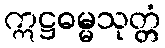
ဣဋ္ဌဓမ္မသုတ္တံ